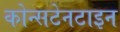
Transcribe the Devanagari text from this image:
कोन्सटेनटाइन